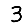
Digit: 3